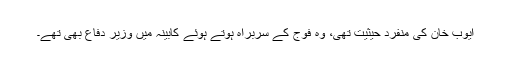
ایوب خان کی منفرد حیثیت تھی، وہ فوج کے سربراہ ہوتے ہوئے کابینہ میں وزیر دفاع بھی تھے۔